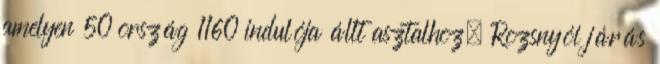
amelyen 50 ország 1160 indulója állt asztalhoz. Rozsnyói járás